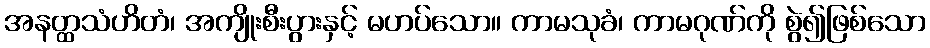
အနတ္ထသံဟိတံ၊ အကျိုးစီးပွားနှင့် မဟပ်သော။ ကာမသုခံ၊ ကာမဂုဏ်ကို စွဲ၍ဖြစ်သော